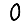
Digit: 0